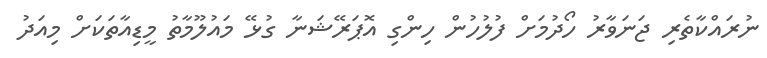
ނުރައްކާތެރި ޖަނަވާރު ހޯދުމަށް ފުލުހުން ހިންގި އޮޕަރޭޝަނާ ގުޅޭ މައުލޫމާތު މީޑިއާތަކަށް މިއަދު